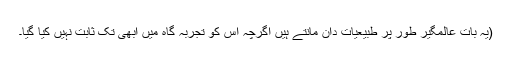
(یہ بات عالمگیر طور پر طبیعیات دان مانتے ہیں اگرچہ اس کو تجربہ گاہ میں ابھی تک ثابت نہیں کیا گیا۔